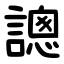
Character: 謥